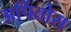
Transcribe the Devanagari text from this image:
अर्पितोस